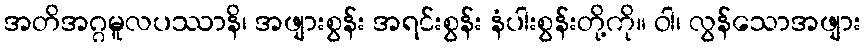
အတိအဂ္ဂမူလပဿာနိ၊ အဖျားစွန်း အရင်းစွန်း နံပါးစွန်းတို့ကို။ ဝါ၊ လွန်သောအဖျား